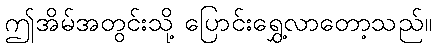
ဤအိမ်အတွင်းသို့ ပြောင်းရွှေ့လာတော့သည်။